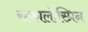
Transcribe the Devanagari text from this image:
सेफालोस्प्रिन